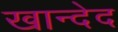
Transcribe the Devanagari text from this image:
खान्देद